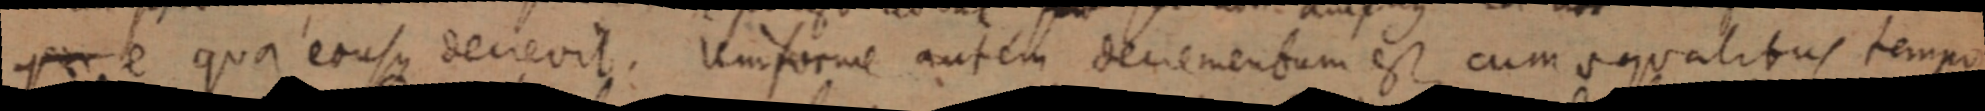
per e qua eousque decievit. Uniforme autem denementum est cum aequalibus tempo